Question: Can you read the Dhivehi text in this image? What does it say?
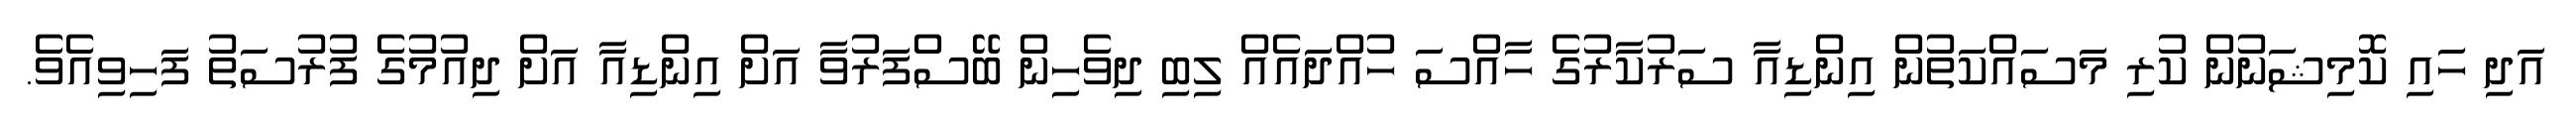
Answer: އަދި ހައި ކޮމިޝަނުން ކުރި މަސައްކަތުން އިންޑިއާ ސަރުކާރުގެ ހާއްސަ ހުއްދައެއް ލިބި ދިވެހިން ބޭސްފަރުވާ އަށް އިންޑިއާ އަށް ދިއުމުގެ ފުރުސަތު ފަހިވިއެވެ.